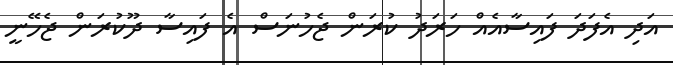
އަދި އެފަދަ ފައިސާއެއް ހަރަދު ކުރަން ޖެހުނަސް އެ ފައިސާ ދޫކުރަން ޖެހޭނީ